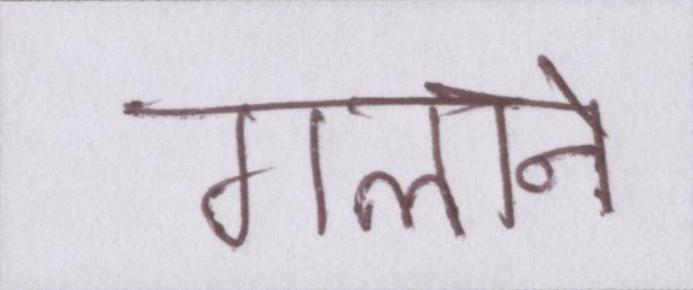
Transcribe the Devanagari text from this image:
गलाने